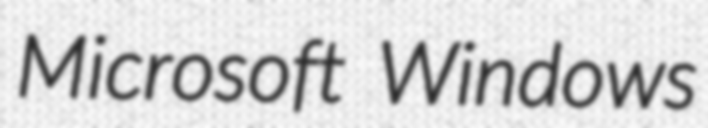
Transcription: Microsoft Windows